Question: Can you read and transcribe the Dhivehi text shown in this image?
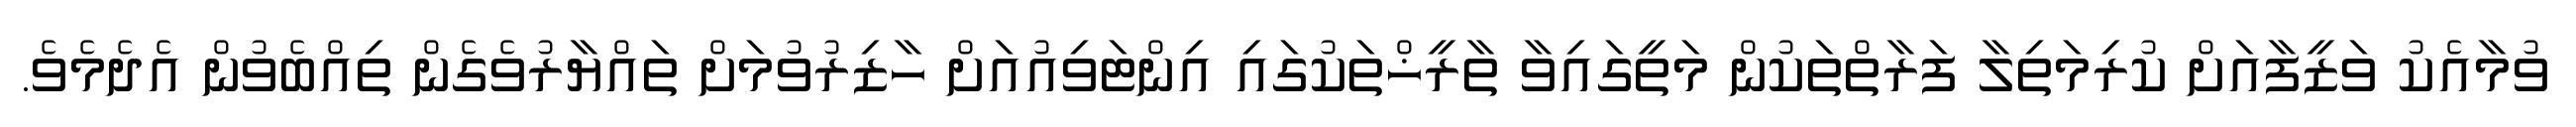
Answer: ވުމާއެކު ވަޒީފާއަށް ކުރިމަތިލާ ފަރާތްތަކުން މަތީގައިވާ ތާރީޚްތަކުގައި އިންޓަވިއުއަށް ހާޒިރުވުމަށް ތައްޔާރުވެގެން ތިއްބެވުން އެދެމެވެ.